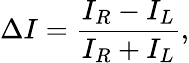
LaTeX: \Delta I=\frac{I_{R}-I_{L}}{I_{R}+I_{L}},